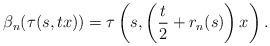
LaTeX: \begin{align*} \beta_{n}(\tau(s, tx)) = \tau\left( s, \left( \frac{t}{2} + r_{n}(s)\right) x \right) .\end{align*}